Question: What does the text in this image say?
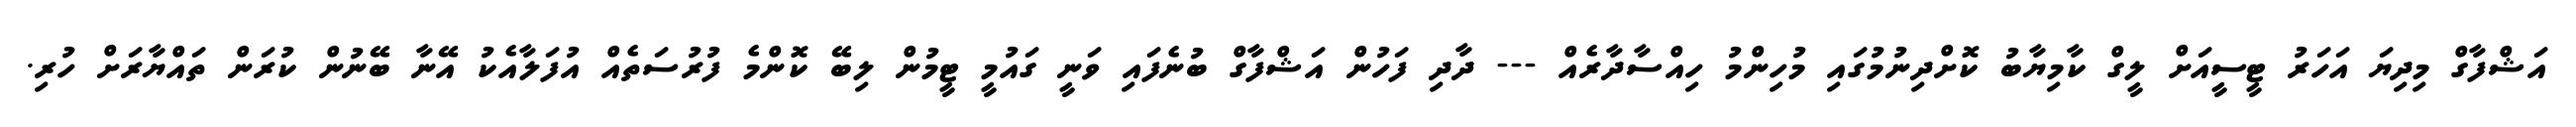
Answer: އަޝްފާގް މިދިޔަ އަހަރު ޓީސީއަށް ލީގް ކާމިޔާބު ކޮށްދިނުމުގައި މުހިންމު ހިއްސާދާރެއް --- ދާދި ފަހުން އަޝްފާގް ބުނެފައި ވަނީ ގައުމީ ޓީމުން ލިބޭ ކޮންމެ ފުރުސަތެއް އުފަލާއެކު އޭނާ ބޭނުން ކުރަން ތައްޔާރަށް ހުރި.